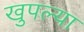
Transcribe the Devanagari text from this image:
खुपल्या